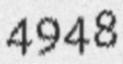
4948